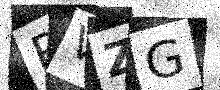
Text: RVZG